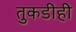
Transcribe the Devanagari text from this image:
तुकडीही